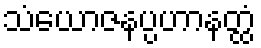
သံယောဇနပ္ပဟာနတ္ထံ